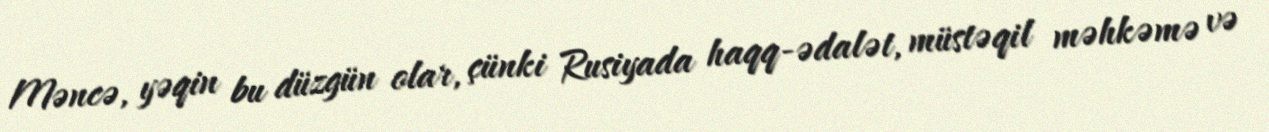
Məncə, yəqin bu düzgün olar, çünki Rusiyada haqq-ədalət, müstəqil məhkəmə və